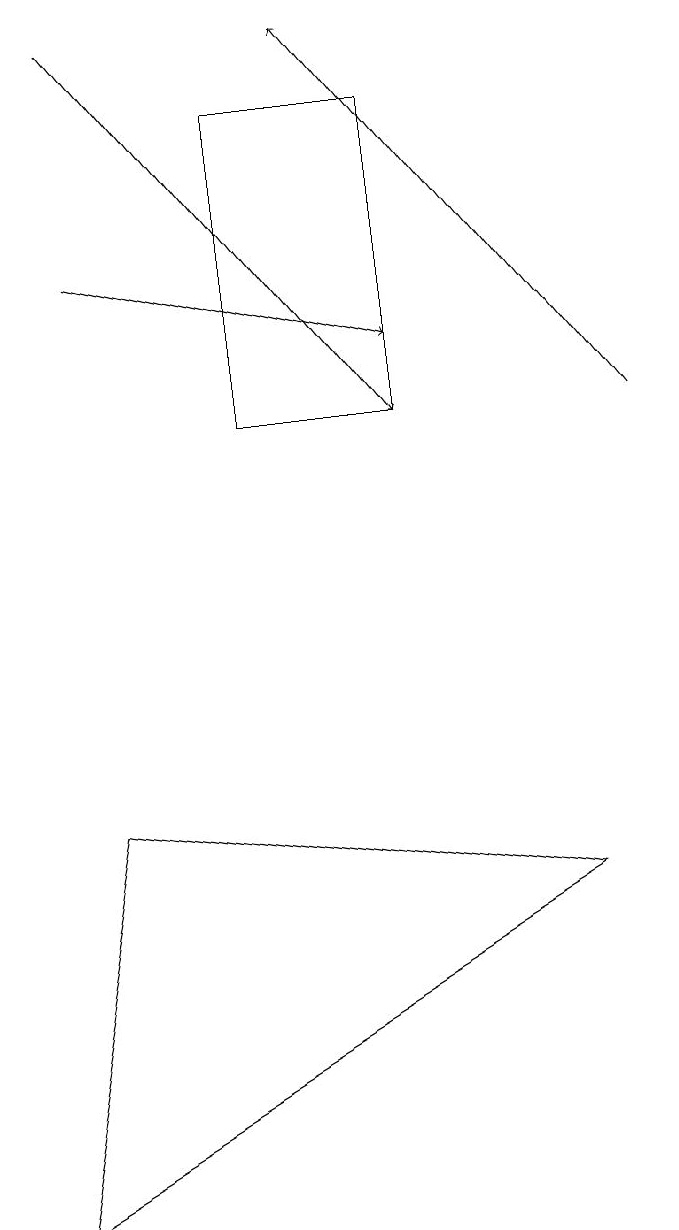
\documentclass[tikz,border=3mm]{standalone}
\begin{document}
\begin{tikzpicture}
\draw[->] (9,11) -- (5,16);
\draw (1,1) -- (2,6) -- (8,5) -- cycle;
\draw[->] (2,13) -- (6,12);
\draw[->] (2,16) -- (6,11);
\draw (6,15) rectangle (4,11);
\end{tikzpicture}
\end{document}